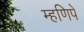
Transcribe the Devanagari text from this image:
म्हणिपे